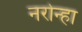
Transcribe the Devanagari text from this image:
नरोन्हा